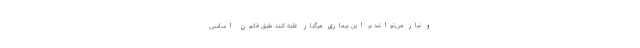
و نیاز می‌توانند بر این بیماری مرگبار غلبه کنند. طبق قانون اساسی